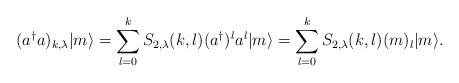
LaTeX: \begin{align*}(a^{\dagger}a)_{k,\lambda}|m\rangle=\sum_{l=0}^{k}S_{2,\lambda}(k,l)(a^{\dagger})^{l}a^{l}|m\rangle=\sum_{l=0}^{k}S_{2,\lambda}(k,l)(m)_{l}|m\rangle. \end{align*}